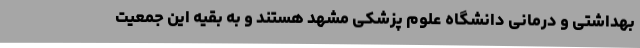
بهداشتی و درمانی دانشگاه علوم پزشکی مشهد هستند و به بقیه این جمعیت